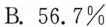
B.young people can be their parents'teachers in the age of new technology